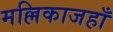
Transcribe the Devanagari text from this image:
मल्लिकाजहाँ